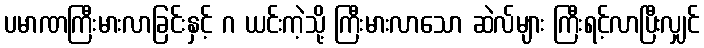
ပမာဏကြီးမားလာခြင်းနှင့် ဂ ယင်းကဲ့သို့ ကြီးမားလာသော ဆဲလ်များ ကြီးရင့်လာပြီးလျှင်